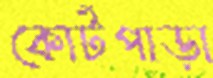
কোর্টপাড়া